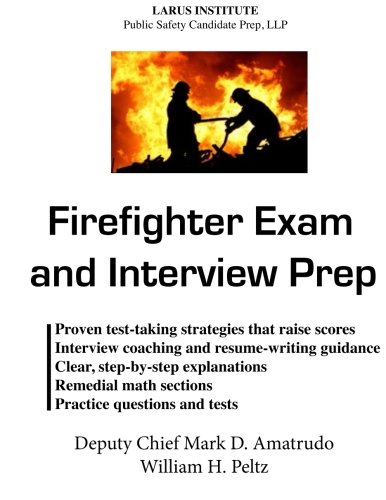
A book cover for Firefighter Exam and Interview Prep; William H. Peltz; Test Preparation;